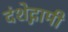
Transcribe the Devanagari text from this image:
दंशेद्गामी